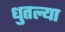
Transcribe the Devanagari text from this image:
धुतल्या